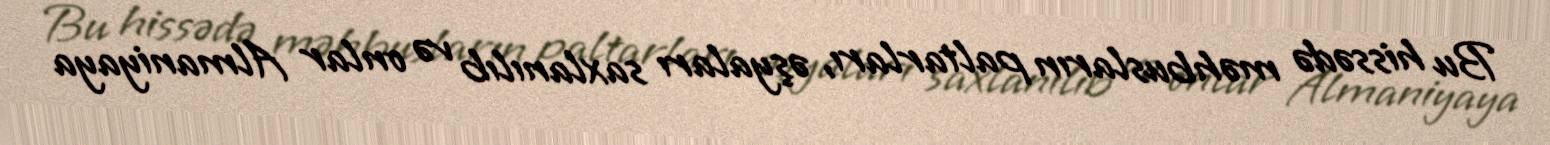
Bu hissədə məhbusların paltarları, əşyaları saxlanılıb və onlar Almaniyaya